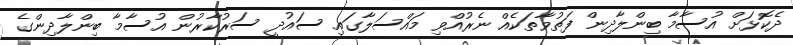
ދެކޮޅަށް އުސާމާ ބިންލާދިން ފަތުވާތަކެއް ނެރުއްވި މައްސަލާގައި ސައުދީ ސަރުކާރުން އުސާމާ ބިންލާދިންގެ